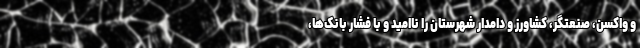
و واکسن، صنعتگر، کشاورز و دامدار شهرستان را ناامید و با فشار بانک‌ها،